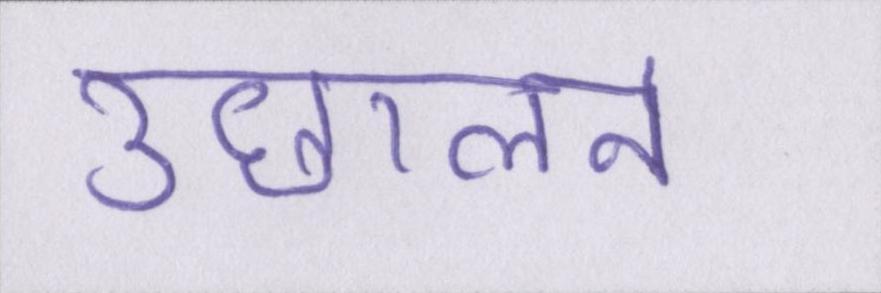
उछालने